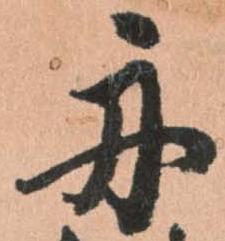
舟